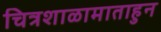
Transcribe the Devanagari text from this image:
चित्रशाळामाताहुन